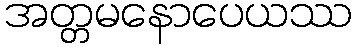
အတ္တမနောပေယဿ